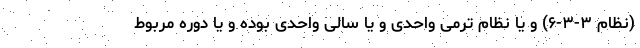
(نظام ۳-۳-۶) و یا نظام ترمی واحدی و یا سالی واحدی بوده و یا دوره مربوط